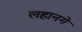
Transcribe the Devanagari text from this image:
लहानगे